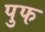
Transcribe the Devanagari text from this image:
पुफ